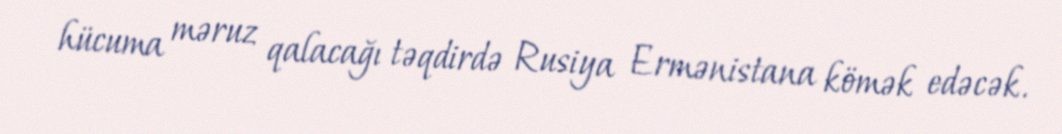
hücuma məruz qalacağı təqdirdə Rusiya Ermənistana kömək edəcək.